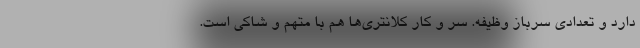
دارد و تعدادی سرباز وظیفه. سر و کار کلانتری‌ها هم با متهم و شاکی است.